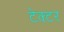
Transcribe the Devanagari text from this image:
टेक्टर